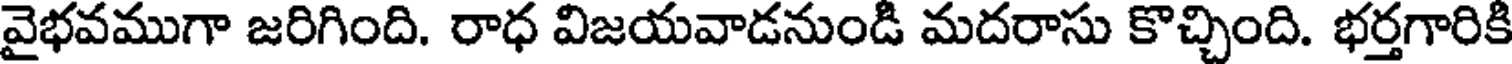
వైభవముగా జరిగింది. రాధ విజయవాడనుండి మదరాసు కొచ్చింది. భర్తగారికి